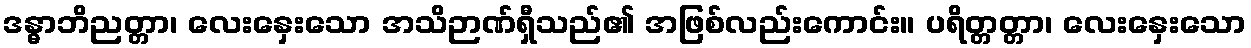
ဒန္ဓာဘိညတ္တာ၊ လေးနှေးသော အသိဉာဏ်ရှီသည်၏ အဖြစ်လည်းကောင်း။ ပရိတ္တတ္တာ၊ လေးနှေးသော